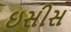
ઇસીસ